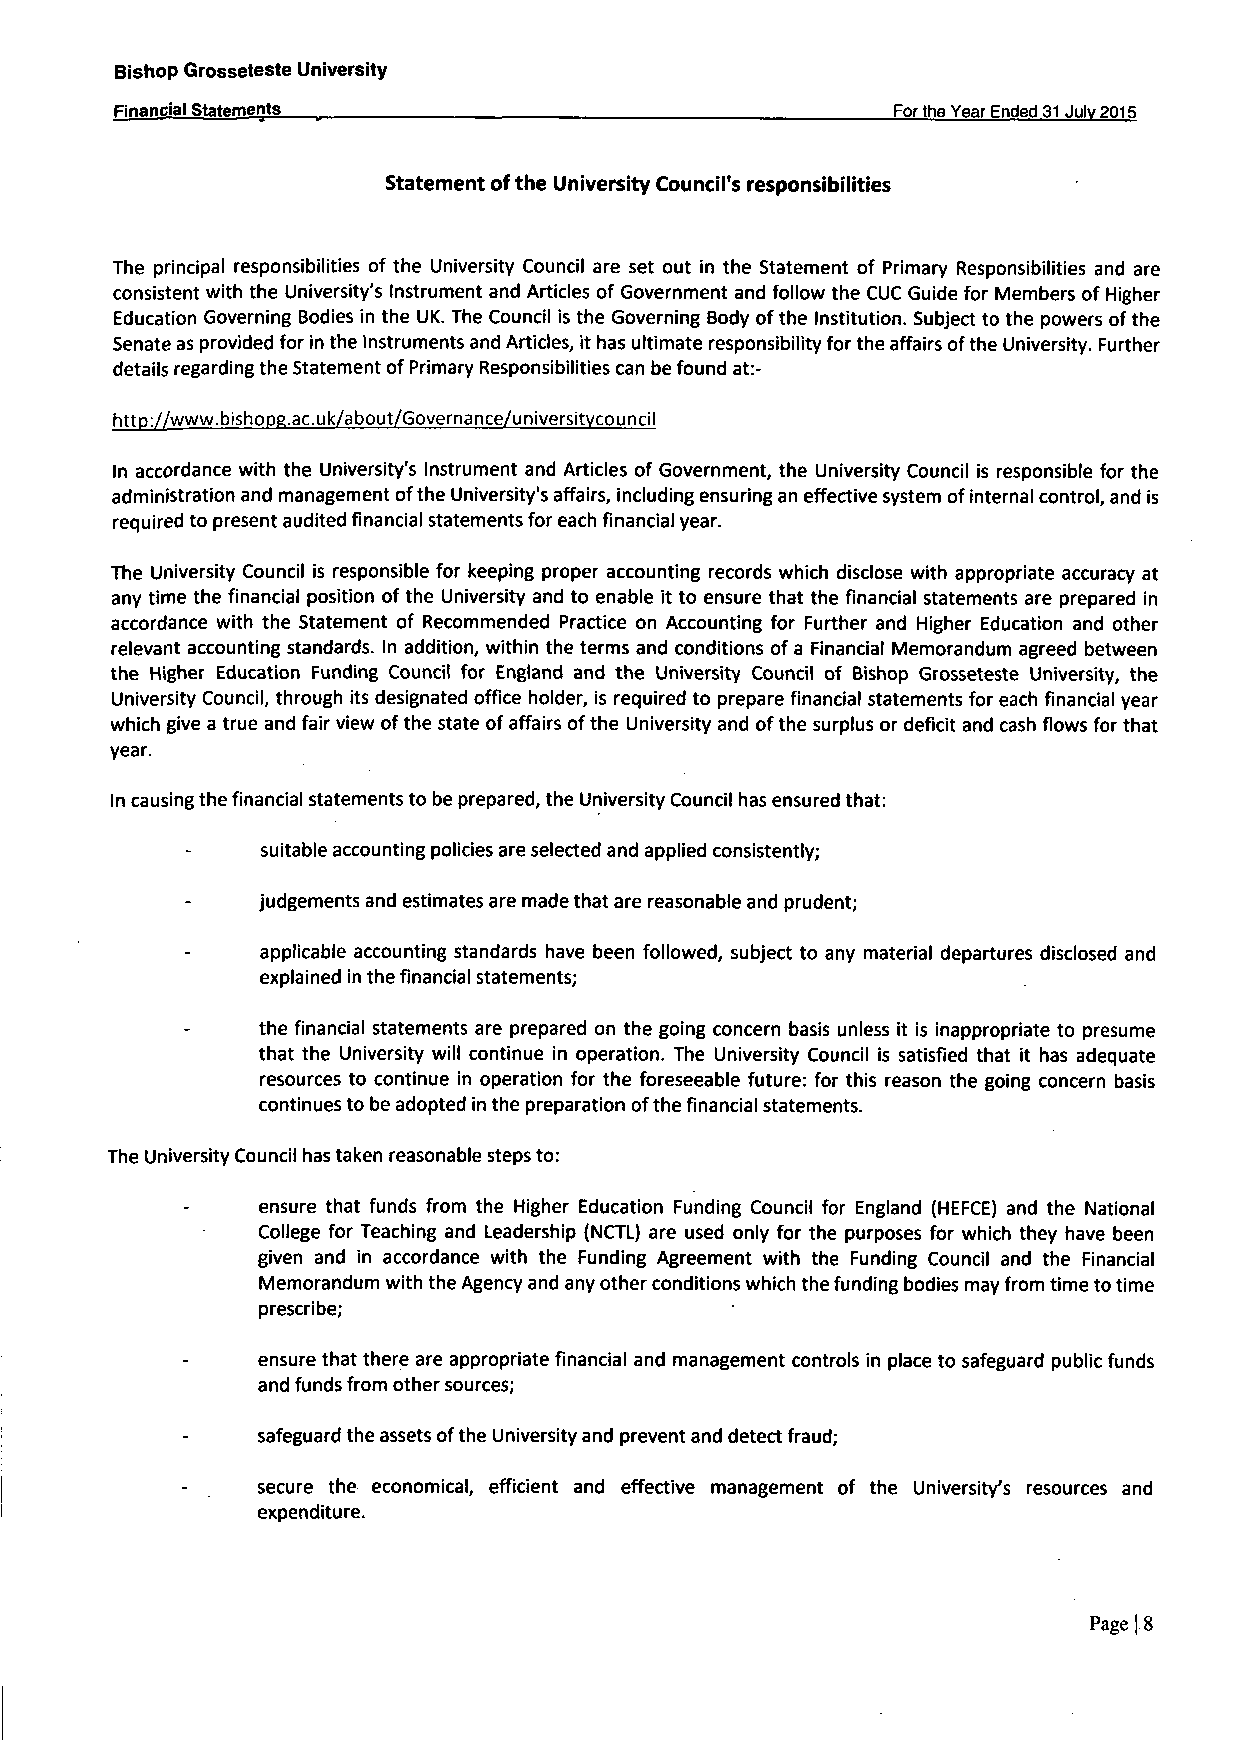
Bishop Grosseteste University
 Financial Statements                               For the Year Ended 31 Julv 2015
 Statement of the University Council's responsibilities
 The principal responsibilities of the University Council are set out in the Statement of Primary Responsibilities and are
 consistent with the University's Instrument and Articles of Government and follow the CUC Guide for Members of Higher
 Education Governing Bodies in the UK. The Council is the Governing Body of the Institution. Subject to the powers of the
 Senate as provided for in the Instruments and Articles, it has ultimate responsibility for the affairs ofthe University. Further
 details regarding the Statement of Primary Responsibilities can be found at:-
 http://www.bishope.ac.uk/about/Governance/universitvcouncil
 In accordance with the University's Instrument and Articles of Government, the University Council is responsible for the
 administration and management ofthe University's affairs, including ensuring an effective system of internal control, and is
 required to present audited financial statements for each financial year.
 The University Council is responsible for keeping proper accounting records which disclose with appropriate accuracy at
 any time the financial position of the University and to enable it to ensure that the financial statements are prepared in
 accordance with the Statement of Recommended Practice on Accounting for Further and Higher Education and other
 relevant accounting standards. In addition, within the terms and conditions of a Financial Memorandum agreed between
 the Higher Education Funding Council for England and the University Council of Bishop Grosseteste University, the
 University Council, through its designated office holder, is required to prepare financial statements for each financial year
 which give a true and fair view of the state of affairs of the University and of the surplus or deficit and cash flows for that
 year.
 In causing the financial statements to be prepared, the University Council has ensured that:
 suitable accounting policies are selected and applied consistently;
 judgements and estimates are made that are reasonable and prudent;
 applicable accounting standards have been followed, subject to any material departures disclosed and
 explained in the financial statements;
 the financial statements are prepared on the going concern basis unless it is inappropriate to presume
 that the University will continue in operation. The University Council is satisfied that it has adequate
 resources to continue in operation for the foreseeable future: for this reason the going concern basis
 continues to be adopted in the preparation ofthe financial statements.
 The University Council has taken reasonable steps to:
 ensure that funds from the Higher Education Funding Council for England (HEFCE) and the National
 College for Teaching and Leadership (NCTL) are used only for the purposes for which they have been
 given and in accordance with the Funding Agreement with the Funding Council and the Financial
 Memorandum with the Agency and any other conditions which the funding bodies may from time to time
 prescribe;
 ensure that there are appropriate financial and management controls in place to safeguard public funds
 and funds from other sources;
 safeguard the assets of the University and prevent and detect fraud;
 secure the economical, efficient and effective management of the University's resources and
 expenditure.
 Page | 8